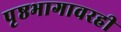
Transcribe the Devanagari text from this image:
पृष्ठभागावरही